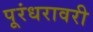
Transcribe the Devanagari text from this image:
पूरंधरावरी